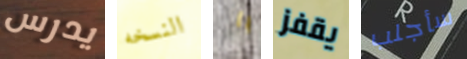
يدرس النسخه يا يقفز سأجلب